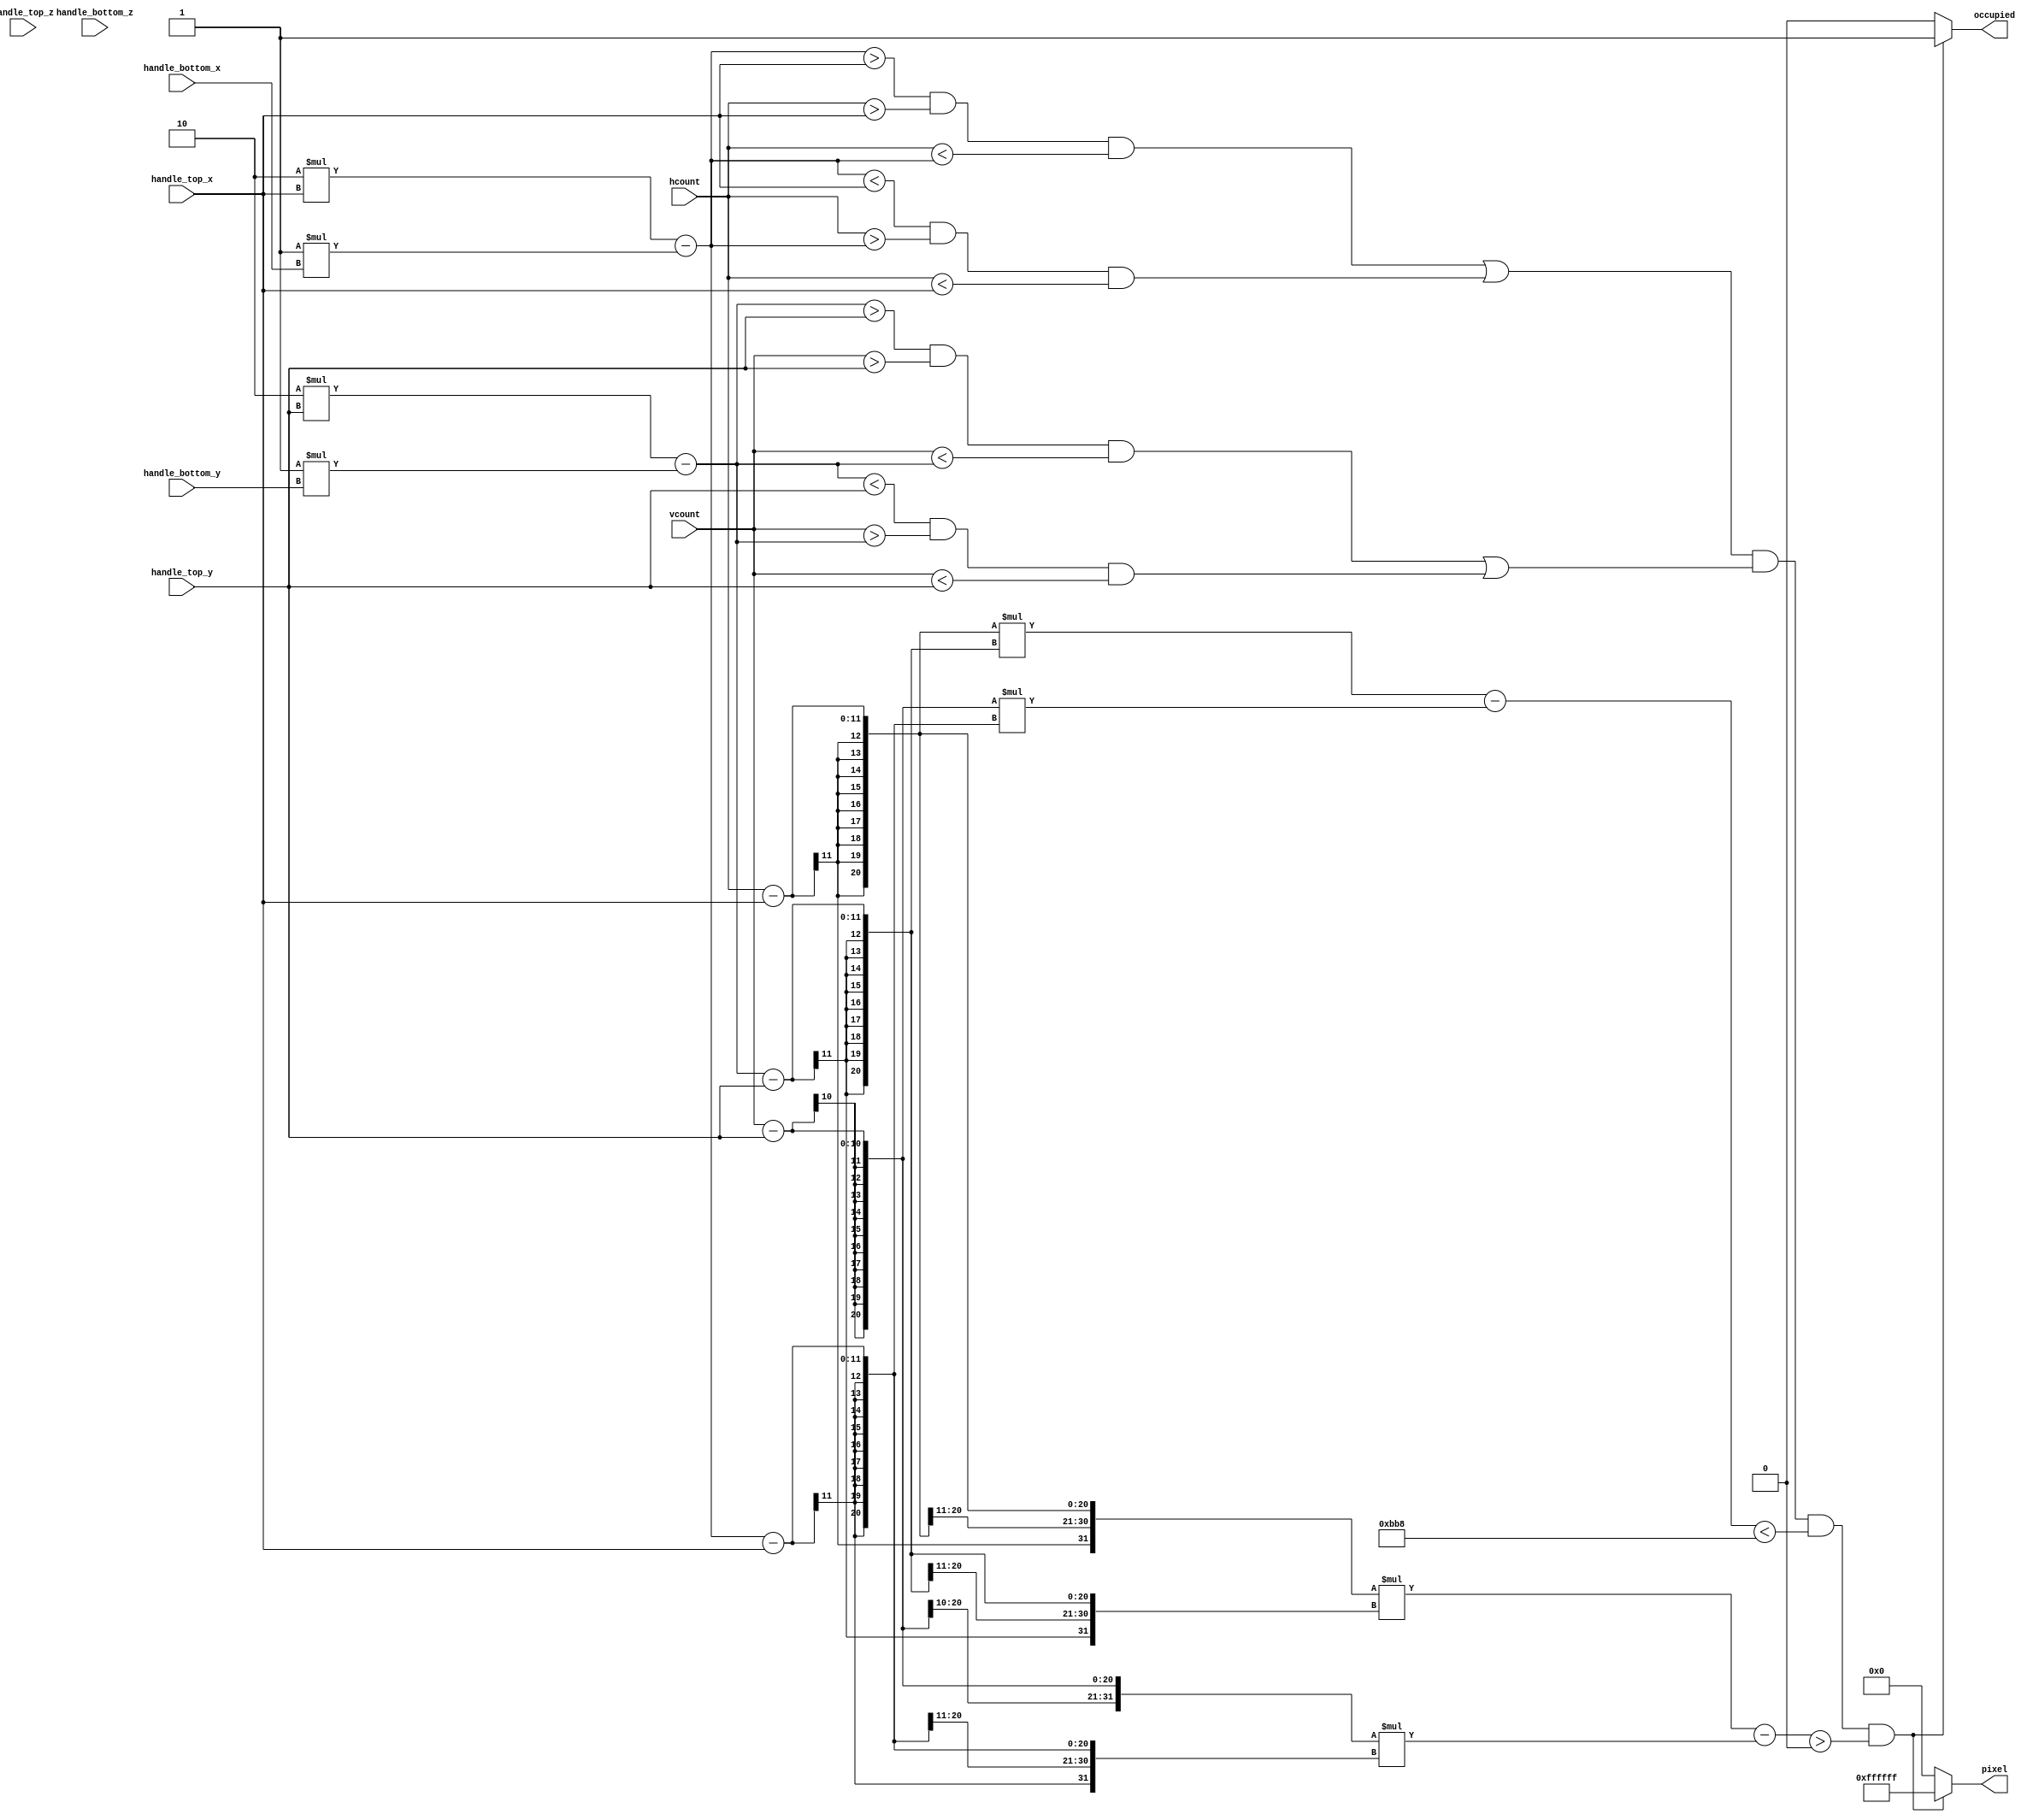
`timescale 1ns / 1ps
//////////////////////////////////////////////////////////////////////////////////
// Company: 
// Engineer: 
// 
// Design Name: 
// Module Name:    blade_generator 
// Project Name: 
// Target Devices: 
// Tool versions: 
// Description: 
//
// Dependencies: 
//
// Revision: 
// Revision 0.01 - File Created
// Additional Comments: 
//
//////////////////////////////////////////////////////////////////////////////////
module blade_block	#(parameter COLOR = 24'hFF_FF_FF)	// default color: white
	(input [10:0] handle_top_x, handle_bottom_x, hcount,
	 input [9:0] handle_top_y, handle_bottom_y, vcount,
	 input [10:0] handle_top_z, handle_bottom_z,
     output reg [23:0] pixel,
	 output reg occupied);
	 
	parameter [9:0] BLADE_LENGTH = 100;
	parameter [20:0] BLADE_WIDTH = 3000;
	 
	wire [10:0] blade_bottom_x;
	wire [9:0] blade_bottom_y;
	wire [10:0] blade_bottom_z;
	wire [10:0] blade_top_x;
	wire [10:0] blade_top_y;
	wire [10:0] blade_top_z;
	 
	assign blade_bottom_x = handle_top_x;
	assign blade_bottom_y = handle_top_y;
	assign blade_bottom_z = handle_top_z;
	assign blade_top_x = 2*handle_top_x - 1*handle_bottom_x;
	assign blade_top_y = 2*handle_top_y - 1*handle_bottom_y;
	assign blade_top_z = 2*handle_top_z - 1*handle_bottom_z;
	
	wire [10:0] blade_bottom_2dx;
	wire [9:0] blade_bottom_2dy;
	wire [10:0] blade_top_2dx;
	wire [10:0] blade_top_2dy;
	 
	// TODO: incorporate z into calculation 
	assign blade_bottom_2dx = blade_bottom_x;
	assign blade_bottom_2dy = blade_bottom_y;
	assign blade_top_2dx = blade_top_x;
	assign blade_top_2dy = blade_top_y;
	
	always @ * begin
		// TODO: blade top outside screen, vertical/horizontal disappearing, rounded/square ends
		if ( ( (blade_top_2dx > blade_bottom_2dx && hcount > blade_bottom_2dx && hcount < blade_top_2dx) ||
				(blade_top_2dx < blade_bottom_2dx && hcount > blade_top_2dx && hcount < blade_bottom_2dx) )  &&
			  ( (blade_top_2dy > blade_bottom_2dy && vcount > blade_bottom_2dy && vcount < blade_top_2dy) ||
				(blade_top_2dy < blade_bottom_2dy && vcount > blade_top_2dy && vcount < blade_bottom_2dy) )  && 
		
			  (hcount - blade_bottom_2dx) * (blade_top_2dy - blade_bottom_2dy) - 
				(vcount - blade_bottom_2dy) * (blade_top_2dx - blade_bottom_2dx) < BLADE_WIDTH && 
			  (hcount - blade_bottom_2dx) * (blade_top_2dy - blade_bottom_2dy) - 
				(vcount - blade_bottom_2dy) * (blade_top_2dx - blade_bottom_2dx) > 0
			) begin
			pixel = COLOR;
			occupied = 1;
		end
		else begin
			pixel = 0;
			occupied = 0;
		end
	end
	
	
endmodule